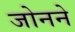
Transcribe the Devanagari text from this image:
जोनने